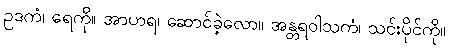
ဥဒကံ၊ ရေကို။ အာဟရ၊ ဆောင်ခဲ့လော။ အန္တရဝါသကံ၊ သင်းပိုင်ကို။